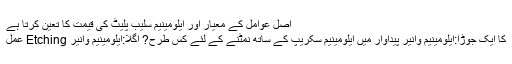
اصل عوامل کے معیار اور ایلومینیم سلیب پلیٹ کی قیمت کا تعین کرتا ہے
کا ایک جوڑا:ایلومینیم وانیر پیداوار میں ایلومینیم سکریپ کے ساتھ نمٹنے کے لئے کس طرح? اگلا:ایلومینیم وانیر Etching عمل